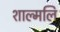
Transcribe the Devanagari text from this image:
शाल्मलि